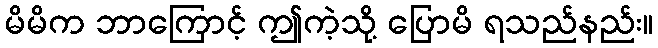
မိမိက ဘာကြောင့် ဤကဲ့သို့ ပြောမိ ရသည်နည်း။